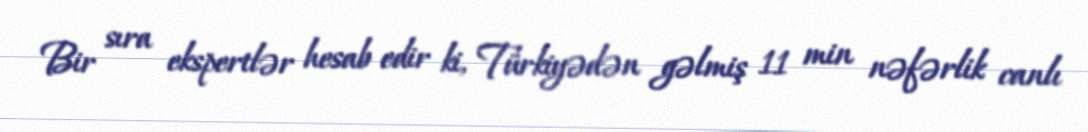
Bir sıra ekspertlər hesab edir ki, Türkiyədən gəlmiş 11 min nəfərlik canlı